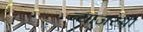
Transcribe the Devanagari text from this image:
व्याजरुपी